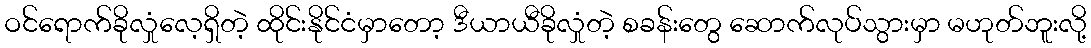
ဝင်ရောက်ခိုလှုံလေ့ရှိတဲ့ ထိုင်းနိုင်ငံမှာတော့ ဒီယာယီခိုလှုံတဲ့ စခန်းတွေ ဆောက်လုပ်သွားမှာ မဟုတ်ဘူးလို့